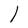
Character: l